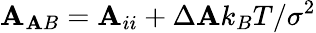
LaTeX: \mathbf{A}_{\mathbf{A}B}=\mathbf{A}_{ii}+\Delta\mathbf{A}k_{B}T/\sigma^{2}